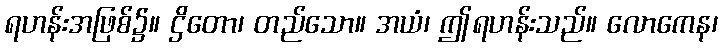
ရဟန်းအဖြစ်၌။ ဌိတော၊ တည်သော။ အယံ၊ ဤရဟန်းသည်။ လောကေန၊